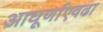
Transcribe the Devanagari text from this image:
आघूर्णाएवढा